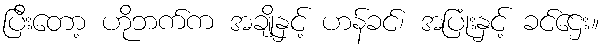
ပြီးတော့ ဟိုဘက်က အချိုနှင့် ဟန်ခင်၊ အပြုံးနှင့် ခင်ဌေး။